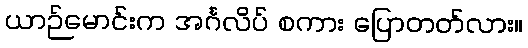
ယာဉ်မောင်းက အင်္ဂလိပ် စကား ပြောတတ်လား။